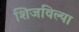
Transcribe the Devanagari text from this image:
शिजविल्या